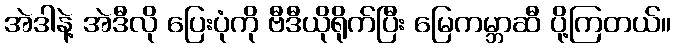
အဲဒါနဲ့ အဲဒီလို ပြေးပုံကို ဗီဒီယိုရိုက်ပြီး မြေကမ္ဘာဆီ ပို့ကြတယ်။